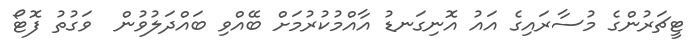
ޓީޗަރުންގެ މުސާރައިގެ އައު އޮނިގަނޑު އާއްމުކުރުމަށް ބޭއްވި ބައްދަލުވުން  ވަގުތު ފޮޓޯ